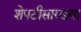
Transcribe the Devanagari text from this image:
शेपटीसारख्या